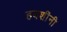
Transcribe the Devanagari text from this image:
हबशींनी